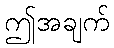
ဤအချက်